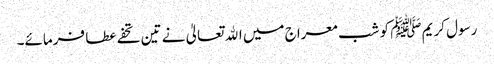
رسول کریم ﷺ کو شب معراج میں اﷲ تعالیٰ نے تین تحفے عطا فرمائے۔